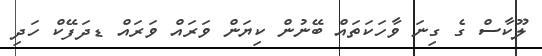
ލޫކާސް ގެ ގިނަ ވާހަކަތައް ބޭނުން ކިޔަން ވަރައް ވަރައް ޑދަފޭކް ހަދި